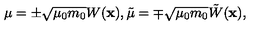
\mu = \pm \sqrt { \mu _ { 0 } m _ { 0 } } W ( { \bf x } ) , \tilde { \mu } = \mp \sqrt { \mu _ { 0 } m _ { 0 } } \tilde { W } ( { \bf x } ) ,